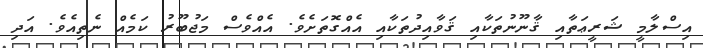
އިސްލާމީ ޝަރީޢަތާއި ޤާނޫނުތަކާއި ޤަވާއިދުތަކާއި އެއްގޮތަށެވެ. އެއްވެސް މަޖުބޫރު ކަމެއް ނެތިއެވެ. އަދި